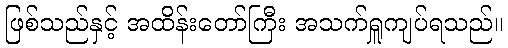
ဖြစ်သည်နှင့် အထိန်းတော်ကြီး အသက်ရှူကျပ်ရသည်။